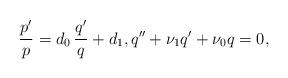
LaTeX: \begin{align*} \frac{p'}{p} = d_0 \, \frac{q'}{q} + d_1, q'' + \nu_1 q' + \nu_0 q = 0,\end{align*}